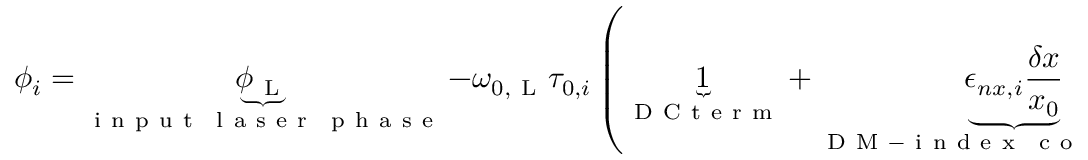
\phi _ { i } = \underbrace { \phi _ { \mathrm { ~ L ~ } } } _ { \substack { \mathrm { ~ i ~ n ~ p ~ u ~ t ~ } \, \mathrm { ~ l ~ a ~ s ~ e ~ r ~ } \, \mathrm { ~ p ~ h ~ a ~ s ~ e ~ } } } - \omega _ { 0 , \mathrm { ~ L ~ } } \tau _ { 0 , i } \left( \underbrace { 1 } _ { \mathrm { ~ D ~ C ~ t ~ e ~ r ~ m ~ } } + \underbrace { \epsilon _ { n x , i } \frac { \delta x } { x _ { 0 } } } _ { \substack { \mathrm { ~ D ~ M ~ - ~ i ~ n ~ d ~ e ~ x ~ } \, \mathrm { ~ c ~ o ~ u ~ p ~ l ~ i ~ n ~ g ~ } } } + \underbrace { \epsilon _ { n \omega _ { \mathrm { ~ L ~ } } , i } \frac { \delta \omega _ { \mathrm { ~ L ~ } } } { \omega _ { 0 , \mathrm { ~ L ~ } } } } _ { \substack { \mathrm { ~ o ~ p ~ t ~ i ~ c ~ a ~ l ~ } \, \mathrm { ~ d ~ i ~ s ~ p ~ e ~ r ~ s ~ i ~ o ~ n ~ } } } + \underbrace { \epsilon _ { L x , i } \frac { \delta x } { x _ { 0 } } } _ { \substack { \mathrm { ~ D ~ M ~ - ~ l ~ e ~ n ~ g ~ t ~ h ~ } \, \mathrm { ~ c ~ o ~ u ~ p ~ l ~ i ~ n ~ g ~ } } } + \underbrace { \left( 1 + \epsilon _ { n L , i } \right) h _ { i } ^ { \mathrm { ~ a ~ c ~ o ~ u ~ s ~ t ~ i ~ c ~ } } } _ { \substack { \mathrm { ~ m ~ e ~ c ~ h ~ a ~ n ~ i ~ c ~ a ~ l ~ } \, \mathrm { ~ v ~ i ~ b ~ r ~ a ~ t ~ i ~ o ~ n ~ s ~ } } } + \underbrace { \frac { \delta \omega _ { \mathrm { ~ L ~ } } } { \omega _ { 0 , \mathrm { ~ L ~ } } } } _ { \substack { \mathrm { ~ l ~ a ~ s ~ e ~ r ~ f ~ r ~ e ~ q ~ u ~ e ~ n ~ c ~ y ~ } \, \mathrm { ~ f ~ l ~ u ~ c ~ t ~ u ~ a ~ t ~ i ~ o ~ n ~ s ~ } } } \right) + \underbrace { \delta \phi _ { i } ^ { \mathrm { ~ t ~ h ~ e ~ r ~ m ~ a ~ l ~ } } } _ { \substack { \mathrm { ~ f ~ i ~ b ~ e ~ r ~ t ~ h ~ e ~ r ~ m ~ a ~ l ~ } \, \mathrm { ~ f ~ l ~ u ~ c ~ t ~ u ~ a ~ t ~ i ~ o ~ n ~ s ~ } } }